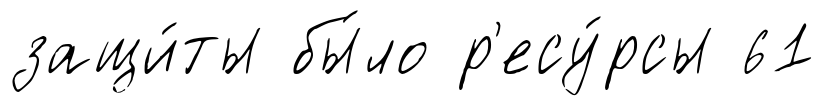
защи́ты бы́ло р'есу́рсы 61